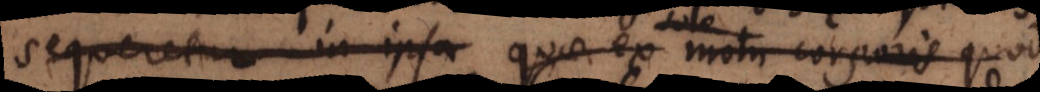
sequeretur in ipsa quae ex motu corporis quod